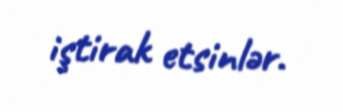
iştirak etsinlər.